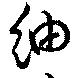
紬